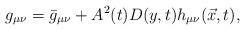
LaTeX: \begin{align*}g_{\mu \nu} = \bar{g}_{\mu \nu} + A^2(t) D(y,t)h_{\mu \nu}(\vec{x},t),\end{align*}